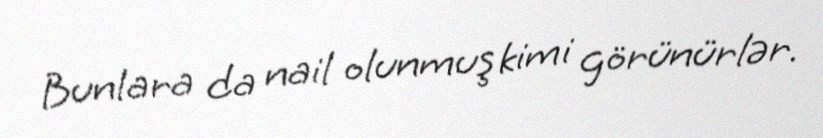
Bunlara da nail olunmuş kimi görünürlər.